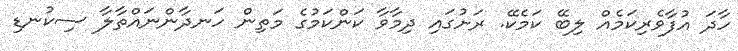
ހާދަ އުފާވެރިކަމެއް ލިބޭ ކަމެކޭ. ރަށުގައި ދިމާވާ ކަންކަމުގެ މަތިން ހަނދާންނައްތާލާ ސިކުނޑި